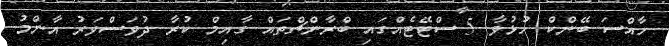
ހާއްސަ ބޭންކް ހުޅުވާ 5 ސްޓޭޓެއްގައި ބްރާންޗްތައް ގާއިމް ކުރާ ދުވަސްވަރު އާންމު